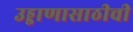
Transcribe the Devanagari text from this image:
उड्डाणासाठीची